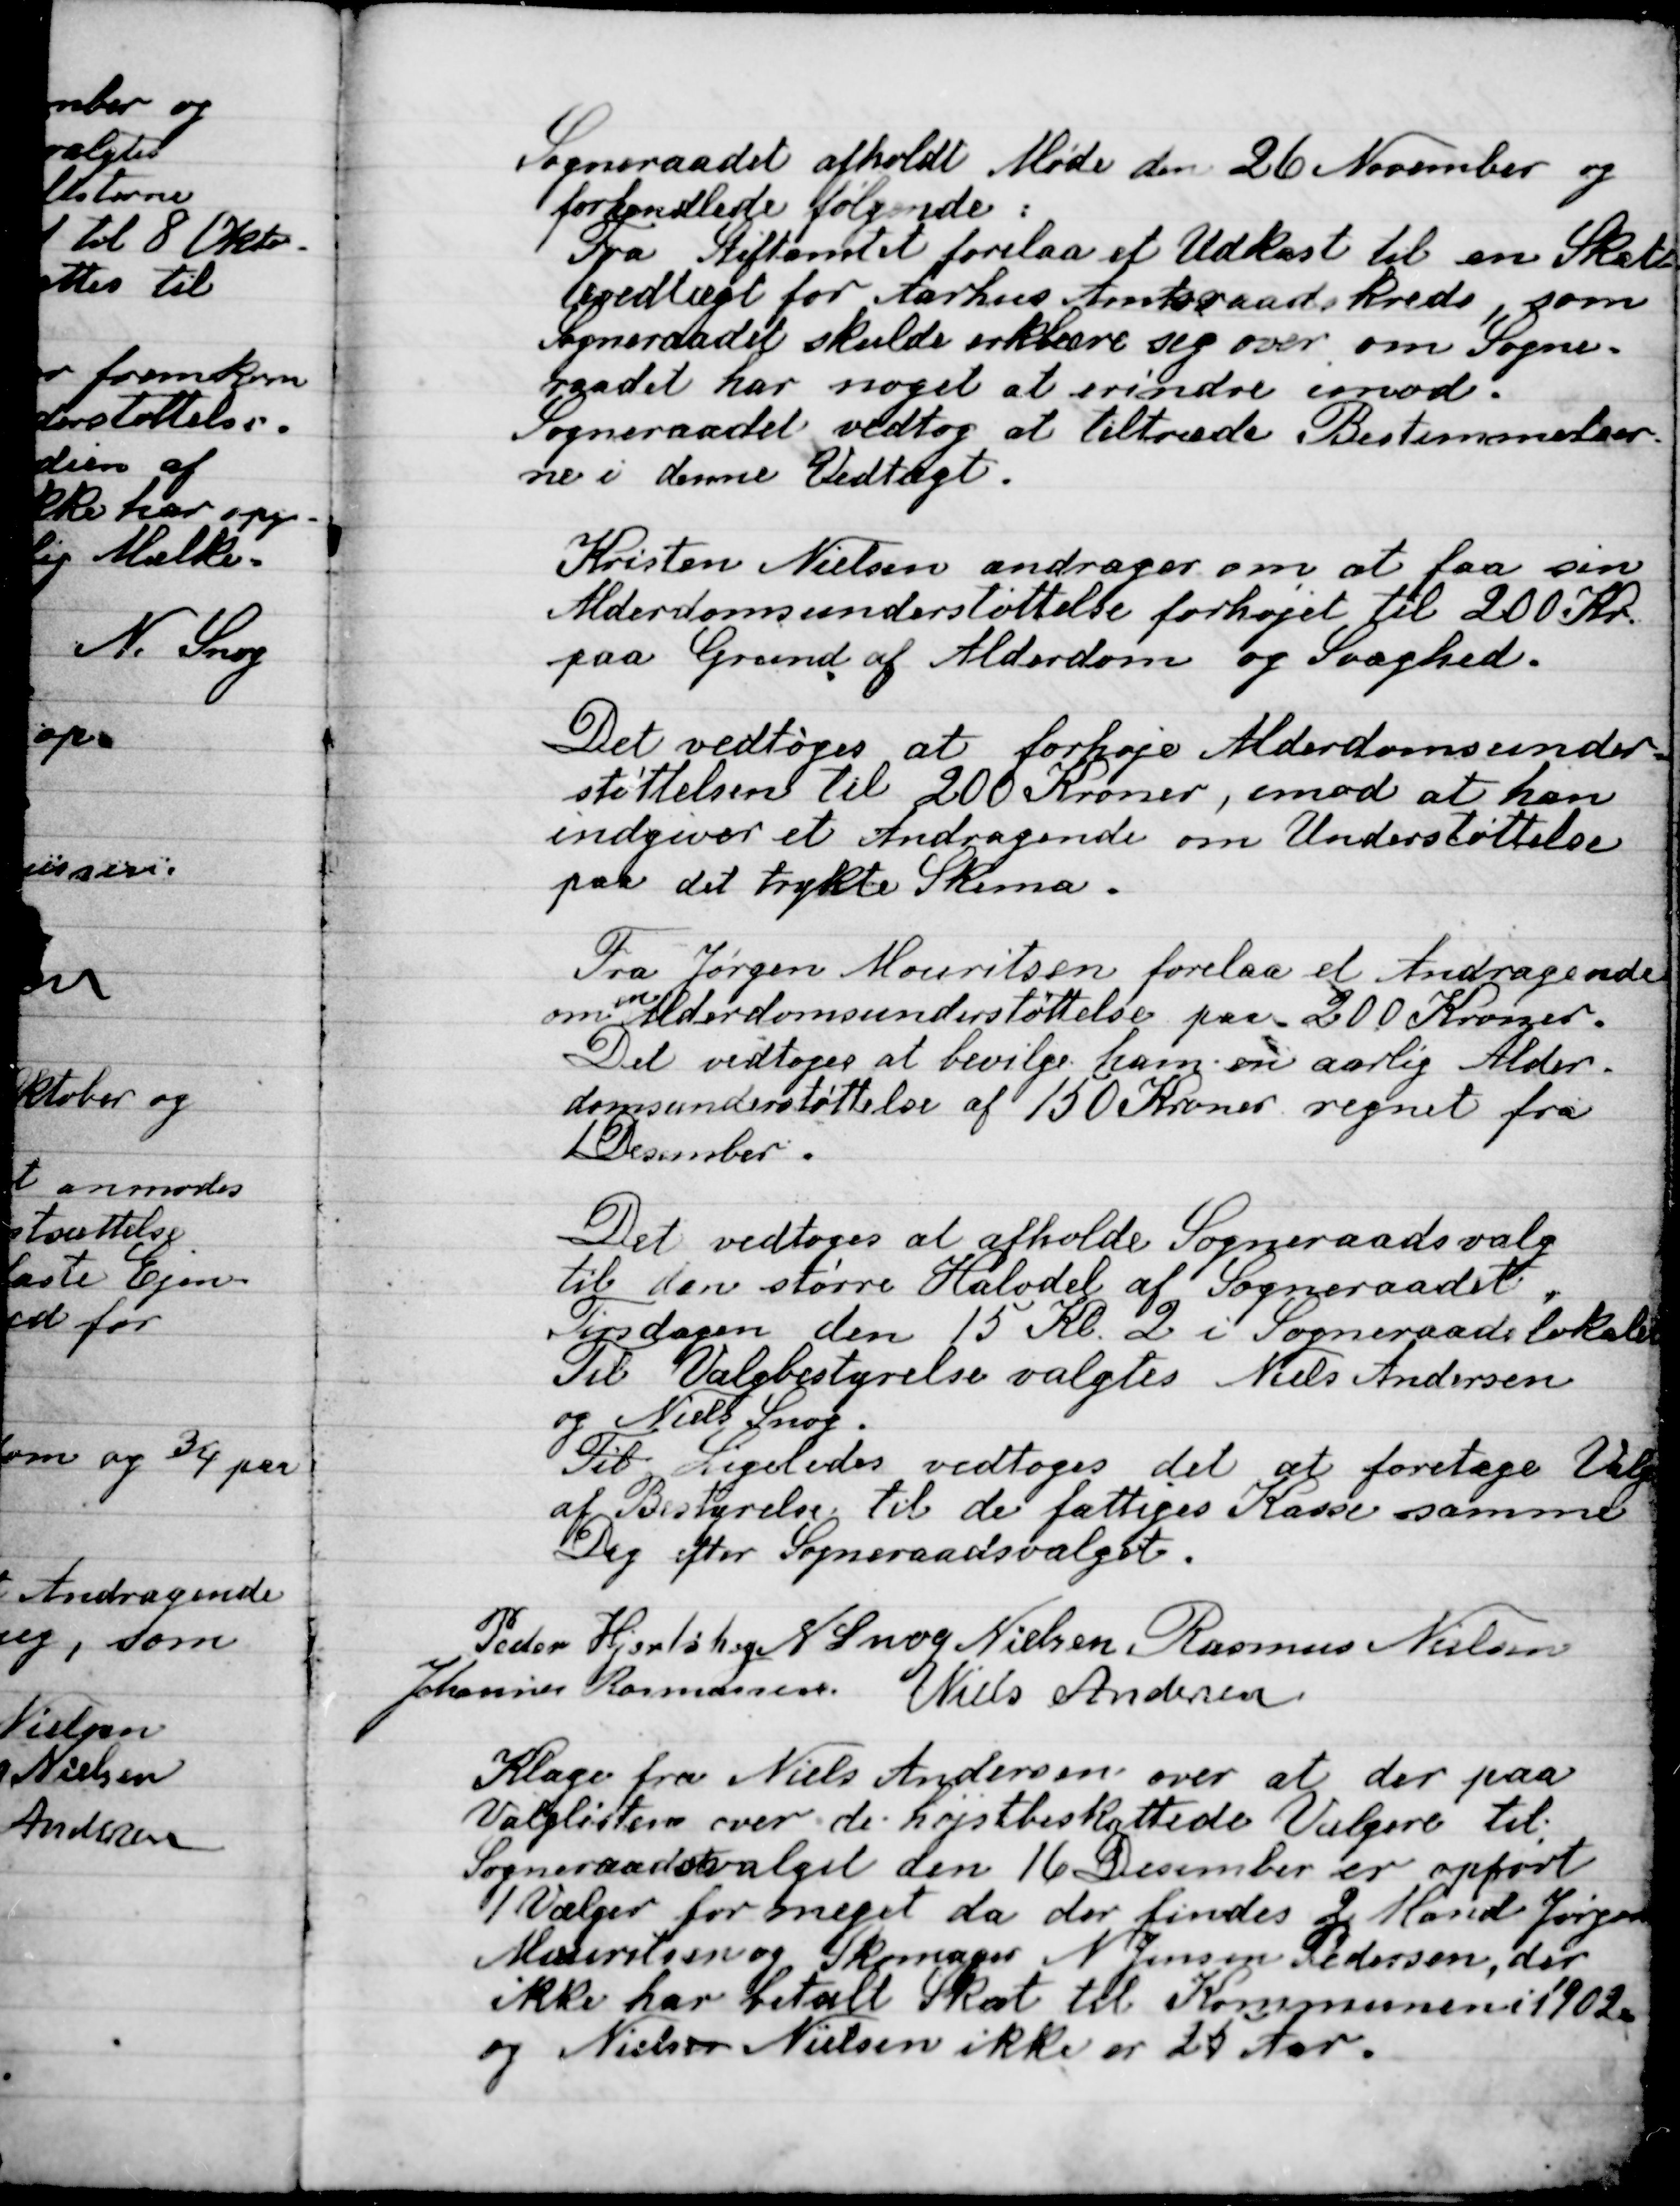
Transskription:
Sogneraadet afholdt Møde den 26 November og
forhandlede følgende
fra Stiftsamtet forelaa et Udkast til en Skitse-
vedtægt for Aarhus Amtsraadskreds, som
Sogneraadet skulde erklære sig over om Sogne-
raadet har noget at erindre imod.
Sogneraadet vedtog at tiltræde Bestemmelser-
ne i denne Vedtægt.

Kristian Nielsen andrager om at faa sin
Alderdomsunderstøttelse forhøjet til 200 Kr.
paa Grund af Alderdom og Svaghed.

Det vedtoges at forhøje Alderdomsunder-
støttelsen til 200 Kr., imod at han
Indgiver et andragende om Understøttelse
paa det trykte Skema.

Fra Jørgen Mouritsen forelaa et andragende
om en Alderdomsunderstøttelse paa 200 Kroner.
Det vedtoges at bevilge ham en aarlig Alder-
domsunderstøttelse af 150 Kroner regnet fra
1 December.

Det vedtoges at anholde Sogneraadsvalg
til den større Halvdel af Sogneraadet
Tirsdag den 15 Kl. 2  i Sogneraadslokalet
Til Valgbestyrelse valgtes Niels Andersen
Niels Snog.
Til Ligeledes vedtoges det at foretage valg
af Bestyrelse til de fattiges Kasse samme
Dag efter Sogneraadsvalget.

Peder Hjortshøj
N. Snog Nielsen
Rasmus Nielsen
Johannes Rasmussen
Niels Andersen

Klage fra Niels Andersen over at der paa
Valglisten over de højest beskattede Vælgere til
Sogneraadesvalget den 16 December er opført
1 Vælger for meget da der findes 2 Mand Jørgen
Mauritsen og Skomager N. Jensen Pedersen, der
Ikke har betalt skat til Kommunen i 1902
og Niels Nielsen ikke er 25 Aar.